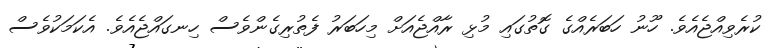
ކުރެވިއްޖެއެވެ. ހޫނު ހަބަރެއްގެ ގޮތުގައި މުޅި ރާއްޖެއަށް މިހަބަރު ފެތުރިގެންވެސް ހިނގައްޖެއެވެ. އެކަމަކުވެސް